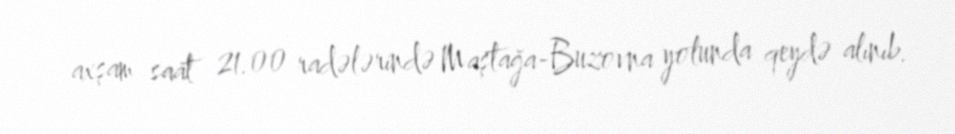
axşam saat 21.00 radələrində Maştağa-Buzovna yolunda qeydə alınıb.